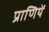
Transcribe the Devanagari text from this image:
प्राणियें